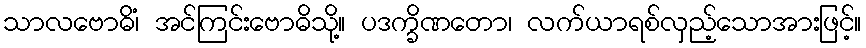
သာလဗောဓိံ၊ အင်ကြင်းဗောဓိသို့။ ပဒက္ခိဏတော၊ လက်ယာရစ်လှည့်သောအားဖြင့်။